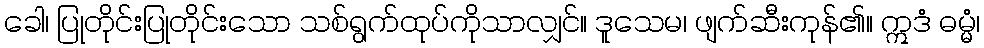
ခေါ၊ ပြုတိုင်းပြုတိုင်းသော သစ်ရွက်ထုပ်ကိုသာလျှင်။ ဒူသေမ၊ ဖျက်ဆီးကုန်၏။ ဣဒံ ဓမ္မံ၊